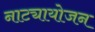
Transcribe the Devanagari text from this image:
नाट्यायोजन